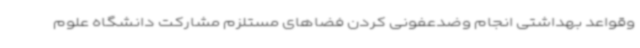
وقواعد بهداشتی انجام وضدعفونی کردن فضاهای مستلزم مشارکت دانشگاه علوم